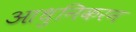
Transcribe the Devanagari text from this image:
आधुनिकरन